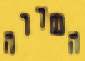
השדרה